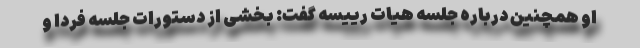
او همچنین درباره جلسه هیات رییسه گفت: بخشی از دستورات جلسه فردا و